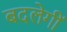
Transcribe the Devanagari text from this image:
बदलेगीं